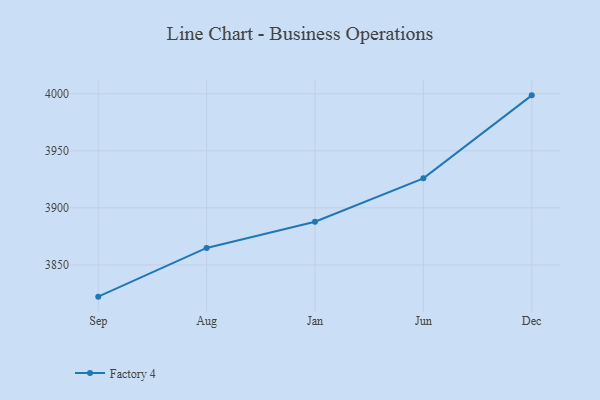
{"axis": {"x": "Month", "y": "Operating Costs (USD K)"}, "legend": ["Factory 4"], "data": [{"x": "Sep", "y": 3822.2, "type": "Factory 4"}, {"x": "Aug", "y": 3864.9, "type": "Factory 4"}, {"x": "Jan", "y": 3887.9, "type": "Factory 4"}, {"x": "Jun", "y": 3925.9, "type": "Factory 4"}, {"x": "Dec", "y": 3998.6, "type": "Factory 4"}]}